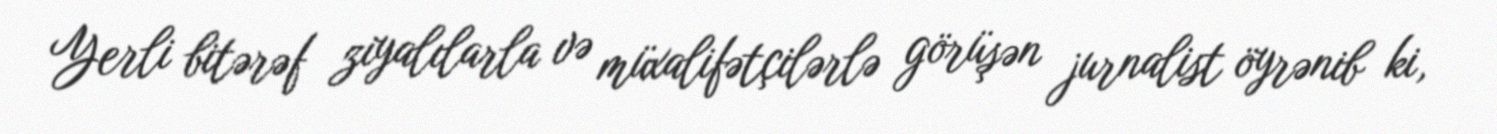
Yerli bitərəf ziyalılarla və müxalifətçilərlə görüşən jurnalist öyrənib ki,